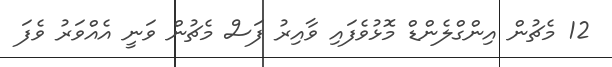
12 މެޗުން އިންގްލެންޑް މޮޅުވެފައި ވާއިރު ފަސް މެޗުން ވަނީ އެއްވަރު ވެފަ